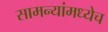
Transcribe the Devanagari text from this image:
सामन्यांमध्येच